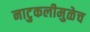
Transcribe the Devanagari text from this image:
नाटुकलीमुळेच